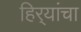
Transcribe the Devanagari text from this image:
हिर्‍यांचा